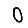
Digit: 0